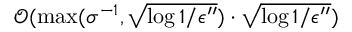
\mathcal { O } ( \operatorname* { m a x } ( \sigma ^ { - 1 } , \sqrt { \log { 1 / \epsilon ^ { \prime \prime } } } ) \cdot \sqrt { \log { 1 / \epsilon ^ { \prime \prime } } } )